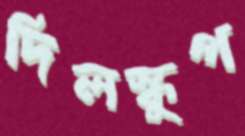
দিলস্কুপ